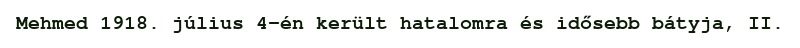
Mehmed 1918. július 4-én került hatalomra és idősebb bátyja, II.